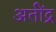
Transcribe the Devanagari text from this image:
अतींद्र